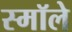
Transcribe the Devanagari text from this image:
स्मॉले